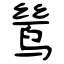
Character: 鸶